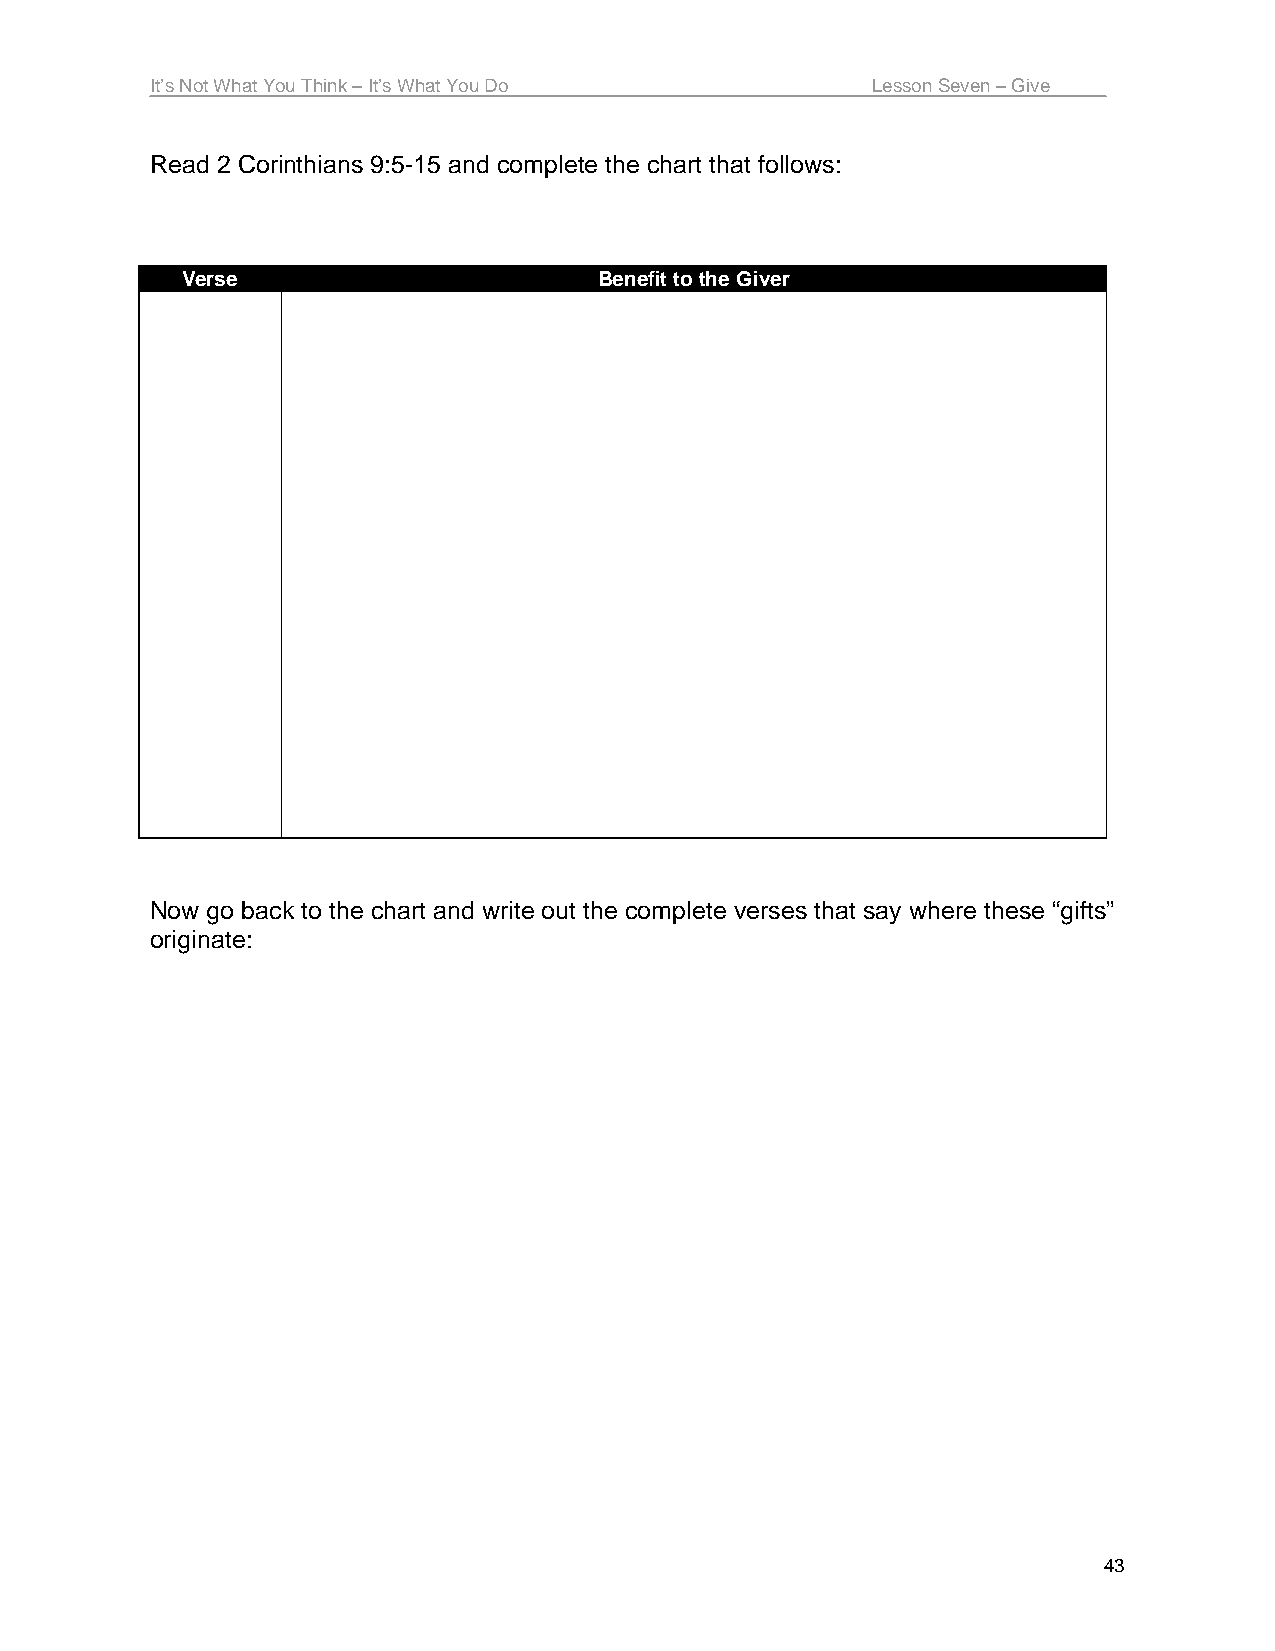
It’s Not What You Think – It’s What You Do      Lesson Seven – Give
 Read 2 Corinthians 9:5-15 and complete the chart that follows:
 Verse                       Benefit to the Giver
 Now go back to the chart and write out the complete verses that say where these “gifts”
 originate:
 43